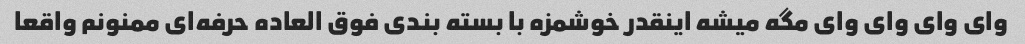
وای وای وای وای مگه میشه اینقدر خوشمزه با بسته بندی فوق العاده حرفه‌ای ممنونم واقعا